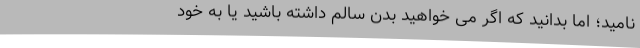
نامید؛ اما بدانید که اگر می خواهید بدن سالم داشته باشید یا به خود